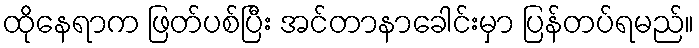
ထိုနေရာက ဖြတ်ပစ်ပြီး အင်တာနာခေါင်းမှာ ပြန်တပ်ရမည်။